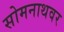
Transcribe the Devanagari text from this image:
सोमनाथवर